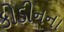
કોડીનના